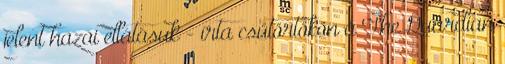
jelent hazai ellátásuk - írta csütörtökön a The Guardian